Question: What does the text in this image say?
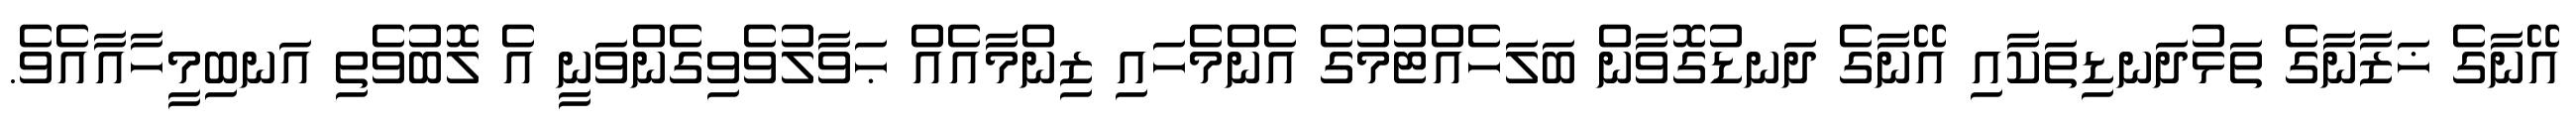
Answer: އޭނާގެ ޚަޒާނާގެ ތަޅުދަނޑިތަކާއި އޭނާގެ ދަނޑުގޮވާން ބަލަހެއްޓުމުގެ އެންމެހައި ޒިންމާއެއް ޙަވާލުވެވިގެންވަނީ އެ ލޮބުވެތި އަނބިމީހާއާއެވެ.